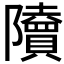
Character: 𨽤